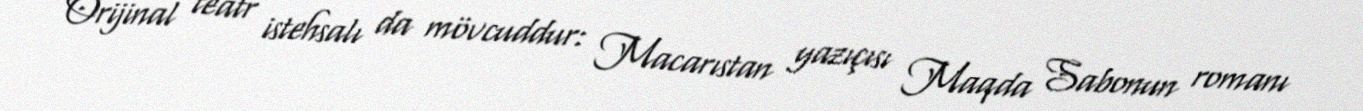
Orijinal teatr istehsalı da mövcuddur: Macarıstan yazıçısı Maqda Sabonun romanı